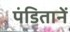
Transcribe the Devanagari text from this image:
पंडितानें